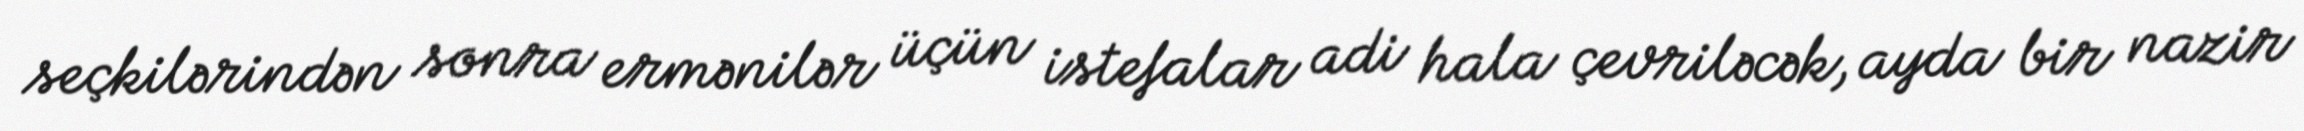
seçkilərindən sonra ermənilər üçün istefalar adi hala çevriləcək, ayda bir nazir